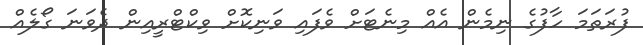
ފުރަތަމަ ހާފުގެ ނިމެން އެއް މިނެޓަށް ވެފައި ވަނިކޮށް ވިކްޓްރީއިން ދެވަނަ ގޯލެއް